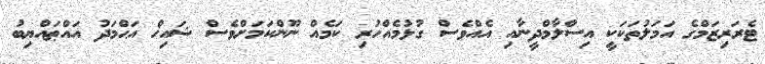
ޓެރަރިޒަމްގެ އަމަލުތަކަކީ އިސްލާމްދީނާއި އެއްވެސް ގުޅުމެއްހުރި ކަމެއް ނޫންކަމަށްވެސް ޝައިޚް އަޙްމަދު އައްޠައްޔިބު